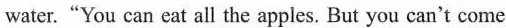
water."You can eat all the apples. But you can't come